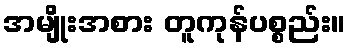
အမျိုးအစား တူကုန်ပစ္စည်း။